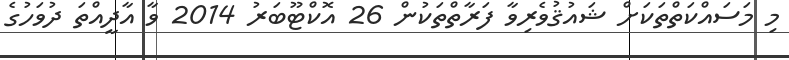
މި މަސައްކަތްތަކަށް ޝައުޤުވެރިވާ ފަރާތްތަކުން 26 އޮކްޓޫބަރު 2014 ވާ އާދީއްތަ ދުވަހުގެ